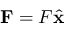
{ \bf { F } } = F \hat { \bf { x } }